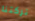
تركتنا